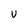
Character: U